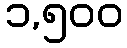
၁,၅၀၀